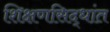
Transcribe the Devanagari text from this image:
शिक्षणसिद्धांत